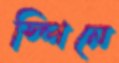
স্পিনে